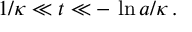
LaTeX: \: 1 / \kappa \ll t \ll - \, \ln a / \kappa \, . \: